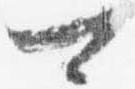
可